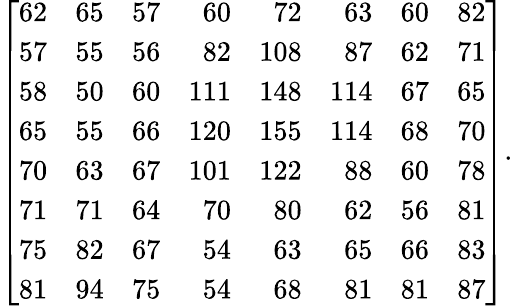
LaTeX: \left[{\begin{array}{rrrrrrrr}{62}&{65}&{57}&{60}&{72}&{63}&{60}&{82}\\ {57}&{55}&{56}&{82}&{108}&{87}&{62}&{71}\\ {58}&{50}&{60}&{111}&{148}&{114}&{67}&{65}\\ {65}&{55}&{66}&{120}&{155}&{114}&{68}&{70}\\ {70}&{63}&{67}&{101}&{122}&{88}&{60}&{78}\\ {71}&{71}&{64}&{70}&{80}&{62}&{56}&{81}\\ {75}&{82}&{67}&{54}&{63}&{65}&{66}&{83}\\ {81}&{94}&{75}&{54}&{68}&{81}&{81}&{87}\end{array}}\right].